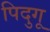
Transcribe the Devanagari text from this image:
पिदुगू